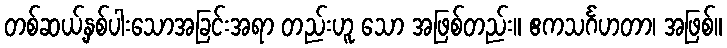
တစ်ဆယ့်နှစ်ပါးသောအခြင်းအရာ တည်းဟူ သော အဖြစ်တည်း။ ဧကသင်္ဂဟတာ၊ အဖြစ်။